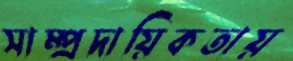
সাম্প্রদায়িকতায়